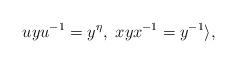
LaTeX: \begin{align*}uyu^{-1}=y^\eta,~xyx^{-1}=y^{-1}\rangle,\end{align*}